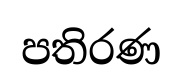
පතිරණ